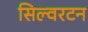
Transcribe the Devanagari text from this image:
सिल्वरटन